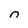
Character: 0